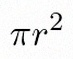
\pi r^2